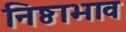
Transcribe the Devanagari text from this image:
निष्ठाभाव